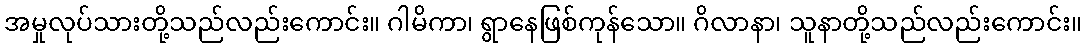
အမှုလုပ်သားတို့သည်လည်းကောင်း။ ဂါမိကာ၊ ရွာနေဖြစ်ကုန်သော။ ဂိလာနာ၊ သူနာတို့သည်လည်းကောင်း။